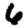
Digit: 6